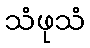
သံဖုသံ